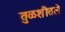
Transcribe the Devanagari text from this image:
तुळशीतले